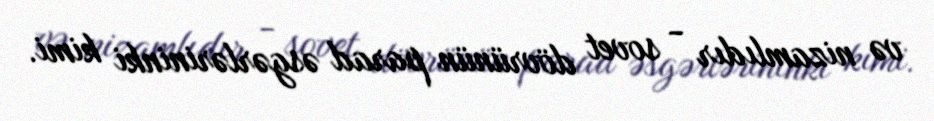
və nizamlıdır - sovet dövrünün parad əsgərlərininki kimi.